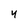
Character: 4